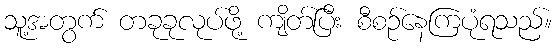
သူ့အတွက် တခုခုလုပ်ဖို့ ကျိတ်ပြီး စီစဉ်နေကြပုံရသည်။